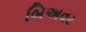
બિઅવર